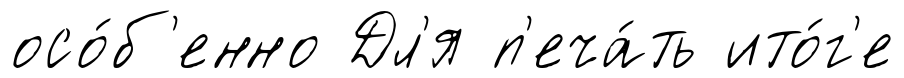
осо́б'енно Дл'я п'еча́ть ито́г'е